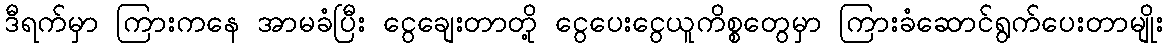
ဒီရက်မှာ ကြားကနေ အာမခံပြီး ငွေချေးတာတို့ ငွေပေးငွေယူကိစ္စတွေမှာ ကြားခံဆောင်ရွက်ပေးတာမျိုး